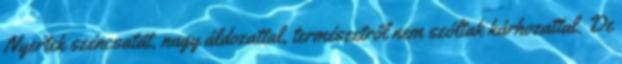
Nyertek széncsatát, nagy áldozattal, természetről nem szóltak kárhozattal. De